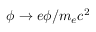
\phi \rightarrow e \phi / m _ { e } c ^ { 2 }